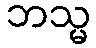
ဘသ္မ